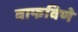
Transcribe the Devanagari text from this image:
वाफविणे